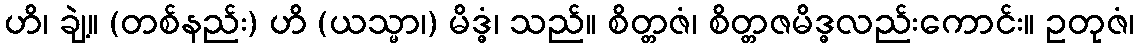
ဟိ၊ ချဲ့။ (တစ်နည်း) ဟိ (ယသ္မာ၊) မိဒ္ဓံ၊ သည်။ စိတ္တဇံ၊ စိတ္တဇမိဒ္ဓလည်းကောင်း။ ဥတုဇံ၊